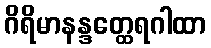
ဂိရိမာနန္ဒတ္ထေရဂါထာ